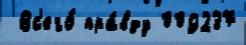
 Вс'его́ пра́вду 009237